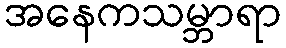
အနေကသမ္ဘာရာ